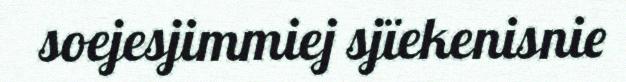
soejesjimmiej sjïekenisnie